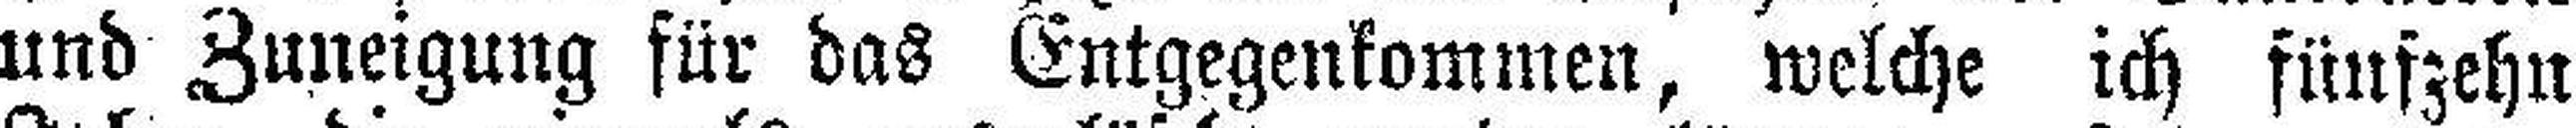
und Zuneigung für das Entgegenkommen, welche ich fünfzehn